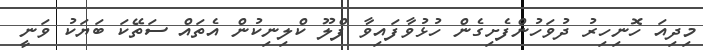
މިދިއަ ހޮނިހިރު ދުވަހުންފެށިގެން ހުޅުވާފައިވާ ފްލޫ ކްލިނިކުން އެތައް ސަތޭކަ ބަޔަކު ވަނީ